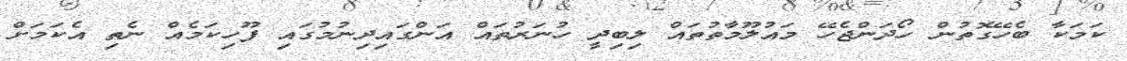
ކަމަކާ ބެހޭގޮތުން ހޯދަންޖެހޭ މައުލޫމާތުތައް ލިބިދީ ހުނަރުތައް އަންގައިދިނުމުގައި ފޫހިކަމެއް ނެތި އެކަމަށް